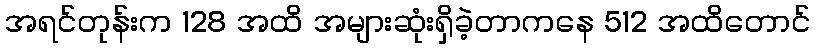
အရင်တုန်းက 128 အထိ အများဆုံးရှိခဲ့တာကနေ 512 အထိတောင်